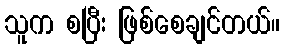
သူက စပြီး ဖြစ်စေချင်တယ်။